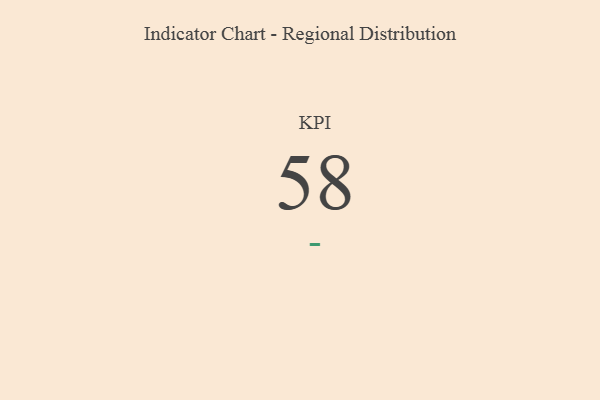
{"axis": {"x": "KPI", "y": "Value"}, "legend": [""], "data": [{"x": "KPI", "y": 58, "type": ""}]}